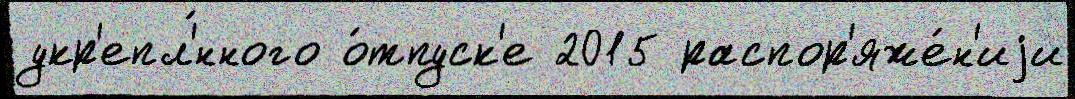
укр'епл'́нного о́тпуск'е 2015 распор'яже́н'иjи